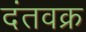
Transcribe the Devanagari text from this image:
दंतवक्र